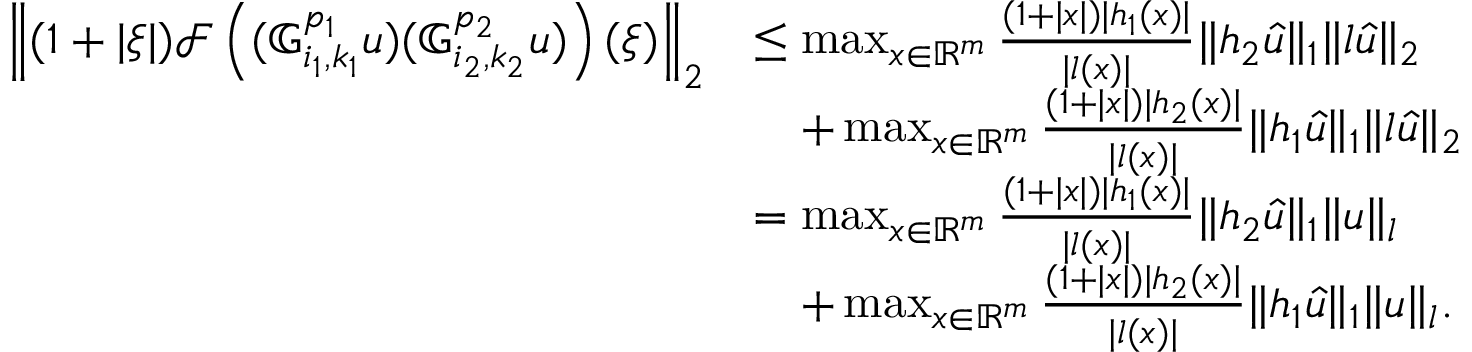
\begin{array} { r l } { \left\| ( 1 + | \xi | ) \mathcal { F } \left( ( \mathbb { G } _ { i _ { 1 } , k _ { 1 } } ^ { p _ { 1 } } u ) ( \mathbb { G } _ { i _ { 2 } , k _ { 2 } } ^ { p _ { 2 } } u ) \right) ( \xi ) \right\| _ { 2 } } & { \leq \operatorname* { m a x } _ { x \in \mathbb { R } ^ { m } } \frac { ( 1 + | x | ) | h _ { 1 } ( x ) | } { | l ( x ) | } \| h _ { 2 } \hat { u } \| _ { 1 } \| l \hat { u } \| _ { 2 } } \\ & { \quad + \operatorname* { m a x } _ { x \in \mathbb { R } ^ { m } } \frac { ( 1 + | x | ) | h _ { 2 } ( x ) | } { | l ( x ) | } \| h _ { 1 } \hat { u } \| _ { 1 } \| l \hat { u } \| _ { 2 } } \\ & { = \operatorname* { m a x } _ { x \in \mathbb { R } ^ { m } } \frac { ( 1 + | x | ) | h _ { 1 } ( x ) | } { | l ( x ) | } \| h _ { 2 } \hat { u } \| _ { 1 } \| { u } \| _ { l } } \\ & { \quad + \operatorname* { m a x } _ { x \in \mathbb { R } ^ { m } } \frac { ( 1 + | x | ) | h _ { 2 } ( x ) | } { | l ( x ) | } \| h _ { 1 } \hat { u } \| _ { 1 } \| u \| _ { l } . } \end{array}